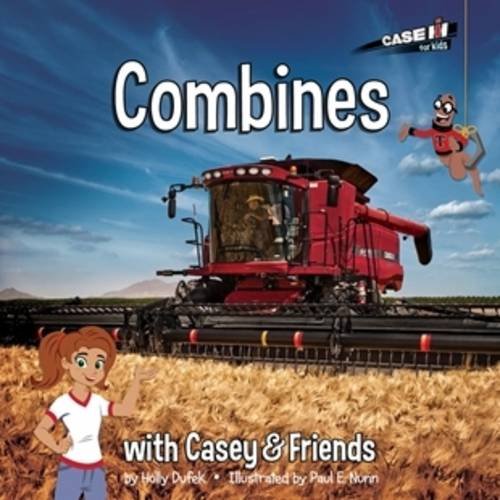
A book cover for Combines (Casey and Friends); Holly Dufek; Children's Books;